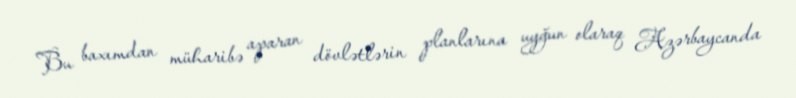
Bu baxımdan müharibə aparan dövlətlərin planlarına uyğun olaraq Azərbaycanda